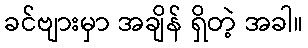
ခင်ဗျားမှာ အချိန် ရှိတဲ့ အခါ။